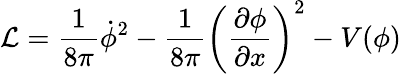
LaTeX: {\cal L}=\frac{1}{8\pi}\dot{\phi}^{2}-\frac{1}{8\pi}\left(\frac{\partial\phi}{\partial x}\right)^{2}-V(\phi)